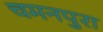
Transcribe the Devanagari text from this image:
चमनपुरा